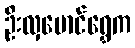
ဦးလှမောင်ရွှေက